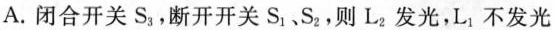
A.闭合开关S_{3}，断开开关S_{1}、S_{2}，则L_{2}发光，L_{1}不发光